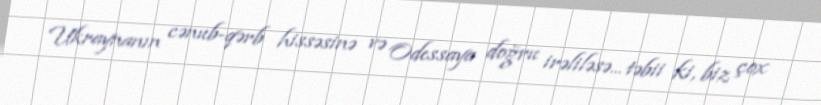
Ukraynanın cənub-qərb hissəsinə və Odessaya doğru irəliləsə... təbii ki, biz çox